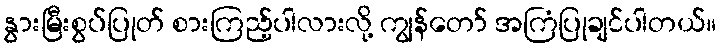
နွားမြီးစွပ်ပြုတ် စားကြည့်ပါလားလို့ ကျွန်တော် အကြံပြုချင်ပါတယ်။